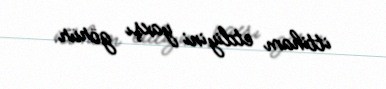
ittiham etdiyini yaxşı görür.